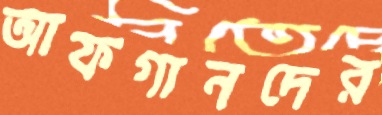
আফগানদের